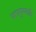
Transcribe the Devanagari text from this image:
पापपुण्यादि